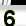
Digit: 6